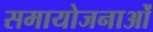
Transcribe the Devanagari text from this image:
समायोजनाओं